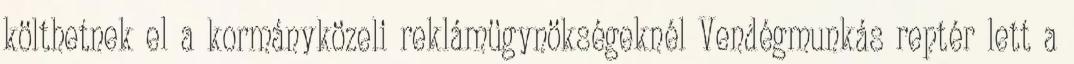
költhetnek el a kormányközeli reklámügynökségeknél Vendégmunkás reptér lett a